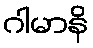
ဂါမာနိ